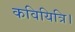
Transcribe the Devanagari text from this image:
कवियित्रि।